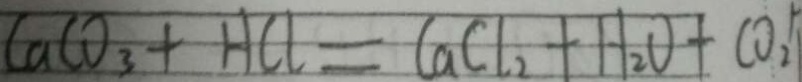
C a C O _ { 3 } + H C l = C a C l _ { 2 } + H _ { 2 } O + C O _ { 2 }